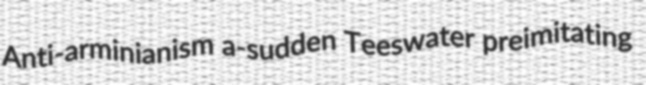
Anti-arminianism a-sudden Teeswater preimitating